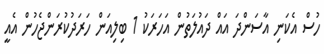
ހުސް އެކަނި އާސަންދަ އައް ދައުލަތުން އަހަރަކު 1 ބިލިއަން ހަރަދުކުރަންޖެހުން އެއީ